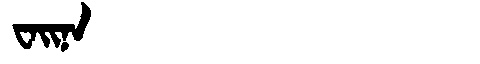
Manchu: ᠸᠠᡳᠨᠠ
Romanization: WAINA